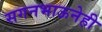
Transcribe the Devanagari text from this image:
सगनभाऊनेही